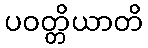
ပဝတ္တိယာတိ